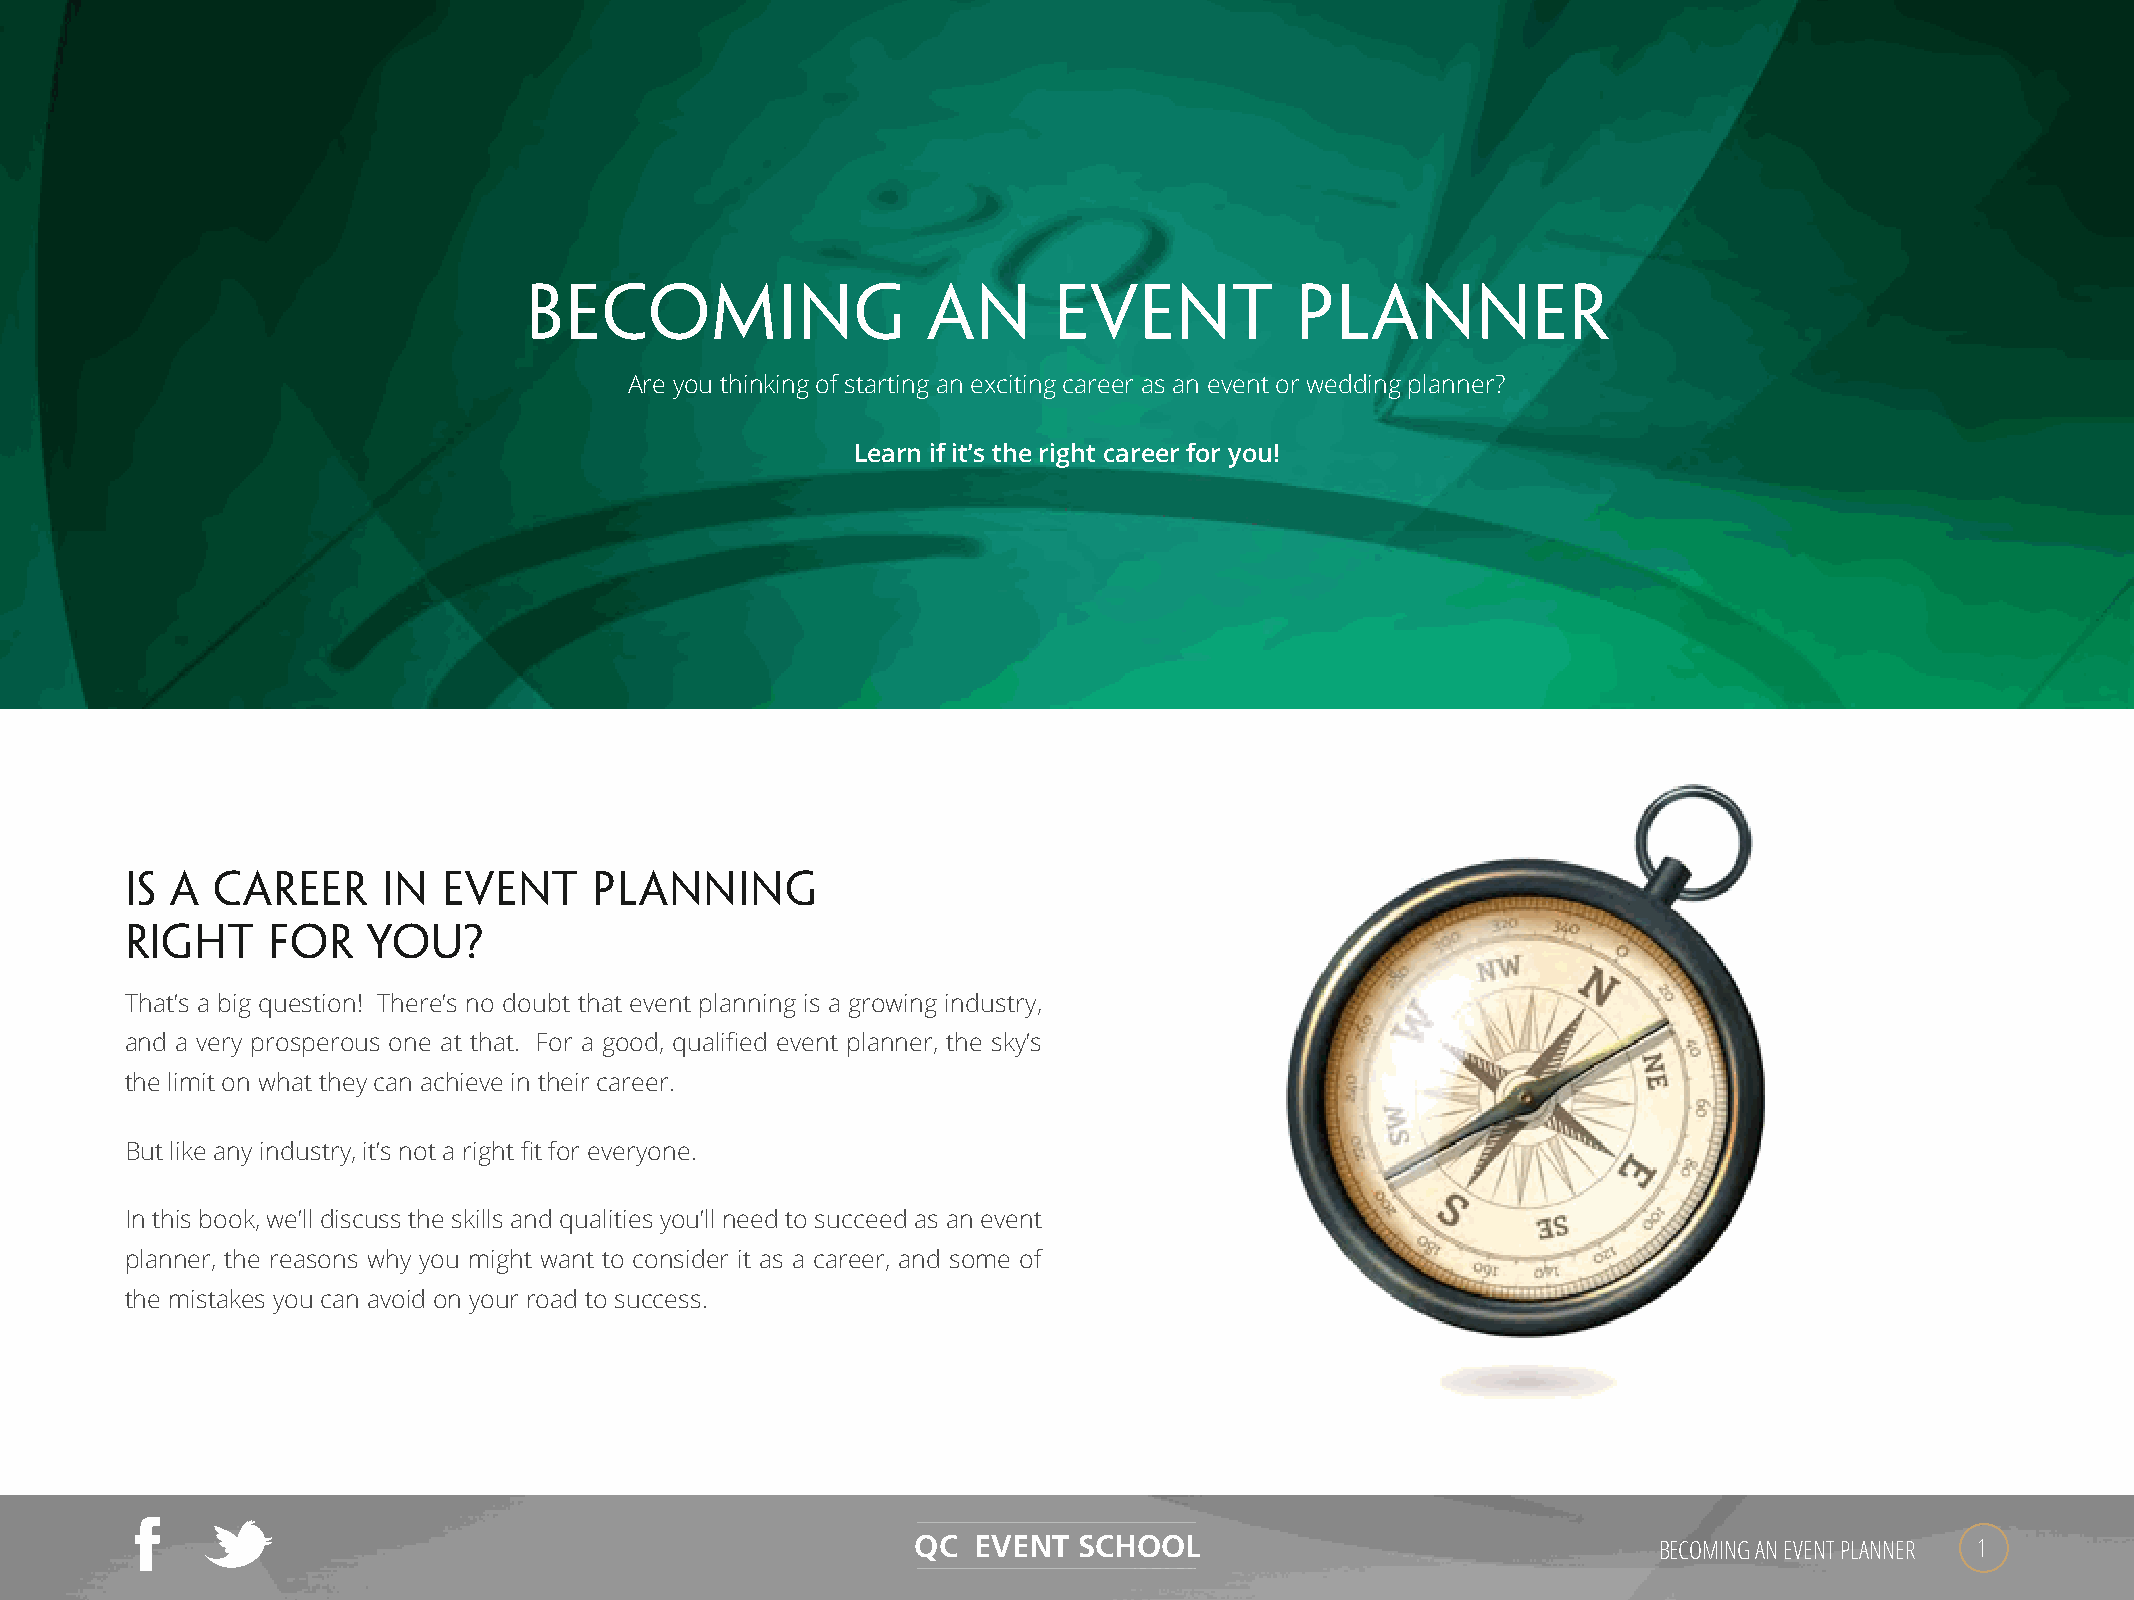
BECOMING                  AN       EVENT           PLANNER
 Are you thinking of starting an exciting career as an event or wedding planner?
 Learn if it’s the right career for you!
 IS A  CAREER     IN  EVENT     PLANNING
 RIGHT     FOR   YOU?
 That’s a big question! There’s no doubt that event planning is a growing industry,
 and a very prosperous one at that. For a good, qualified event planner, the sky’s
 the limit on what they can achieve in their career.
 But like any industry, it’s not a right fit for everyone.
 In this book, we’ll discuss the skills and qualities you’ll need to succeed as an event
 planner, the reasons why you might want to consider it as a career, and some of
 the mistakes you can avoid on your road to success.
 QC EVENT  SCHOOL                                 BECOMING AN EVENT PLANNER 1